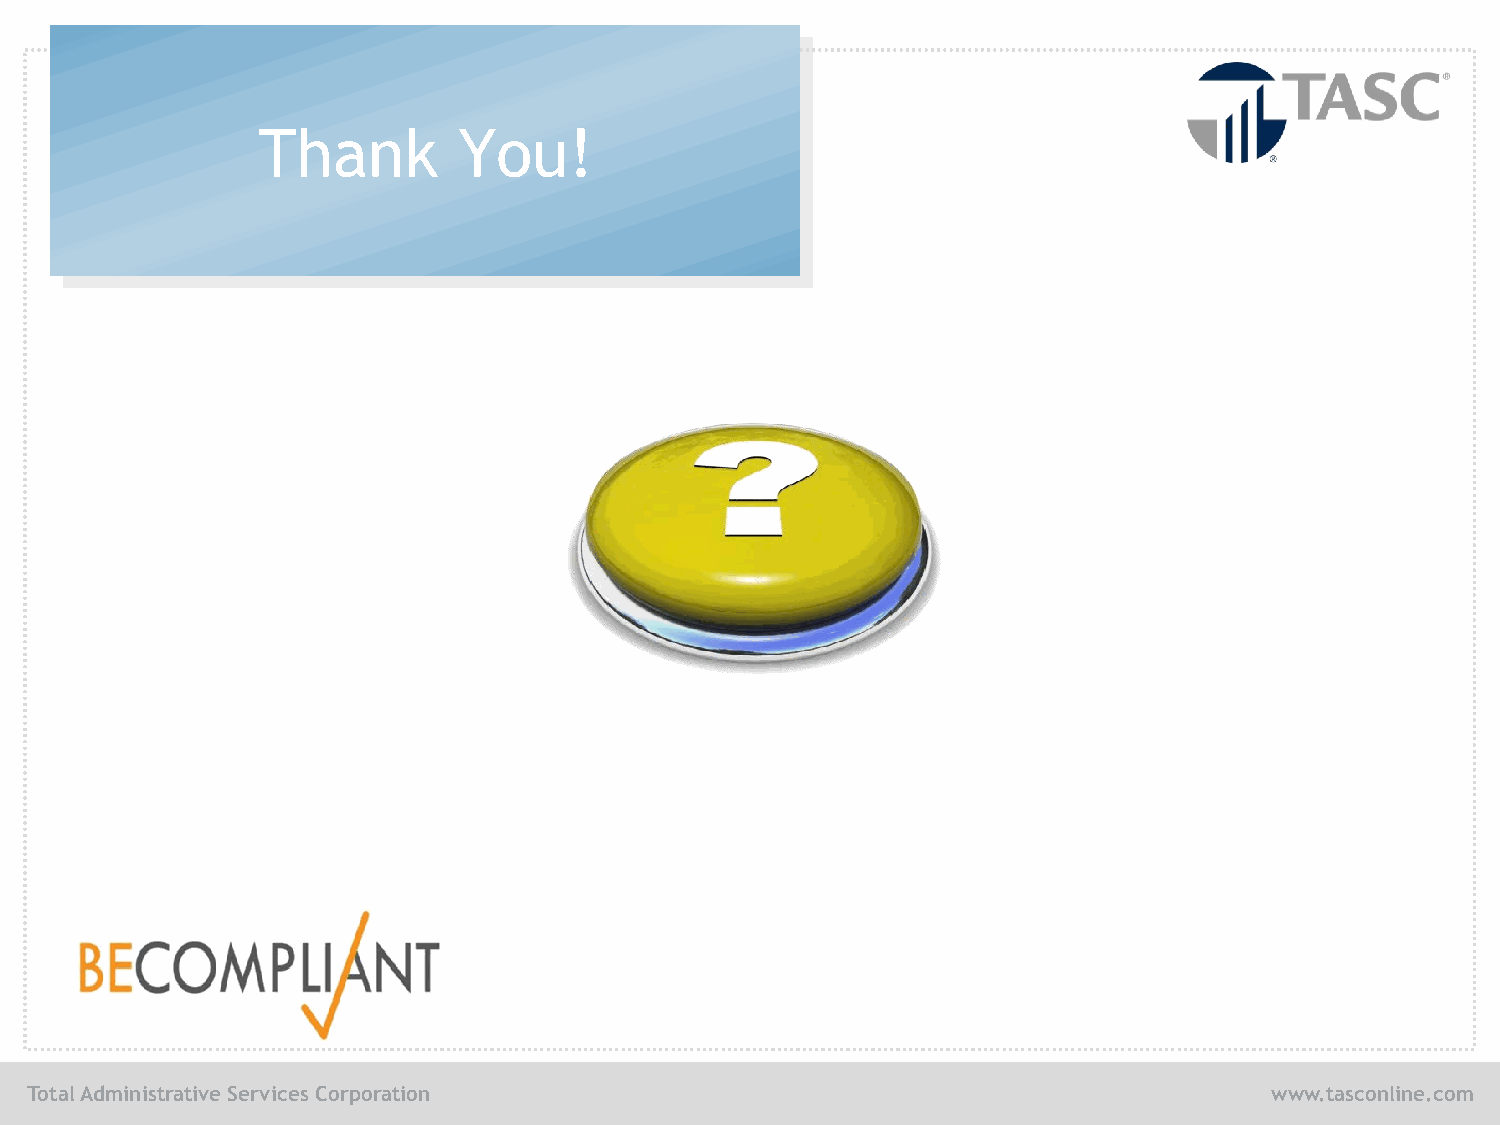
Thank        You!
 Total Administrative Services Corporation                                         www.tasconline.com